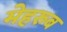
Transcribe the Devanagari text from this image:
मेहरुब